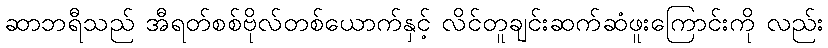
ဆာဘရီသည် အီရတ်စစ်ဗိုလ်တစ်ယောက်နှင့် လိင်တူချင်းဆက်ဆံဖူးကြောင်းကို လည်း